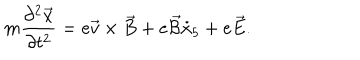
LaTeX: m \frac { \partial ^ { 2 } \overrightarrow { x } } { \partial t ^ { 2 } } = e \overrightarrow { v } \times \overrightarrow { B } + e \overrightarrow { { \cal { B } } } \dot { x } _ { 5 } + e \overrightarrow { E } .